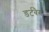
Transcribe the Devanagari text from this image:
डर्टबैग